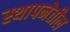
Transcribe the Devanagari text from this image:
स्थापनेतील